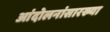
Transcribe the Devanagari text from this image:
आंदोलनांसारख्या